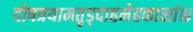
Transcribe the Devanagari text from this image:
दोषत्रयामतृड्दाहमेहकासांश्च